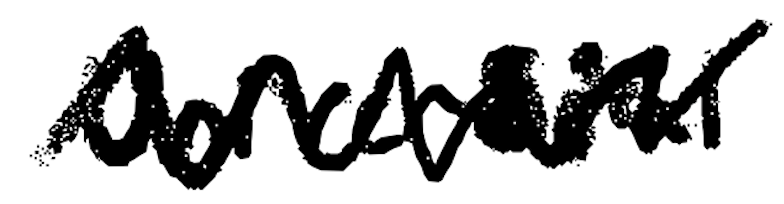
Text: Universal
Cross-out: zig-zag
Writing tool: digital_black